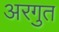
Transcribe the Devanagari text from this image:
अरगुत